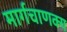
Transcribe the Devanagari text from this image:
मार्गचाणक्य